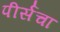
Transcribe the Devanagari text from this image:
पीर्सचा